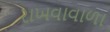
રાખવાવાળા